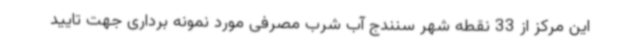
این مرکز از 33 نقطه شهر سنندج آب شرب مصرفی مورد نمونه برداری جهت تایید